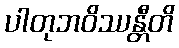
ပါတုဘဝိဿန္တီတိ